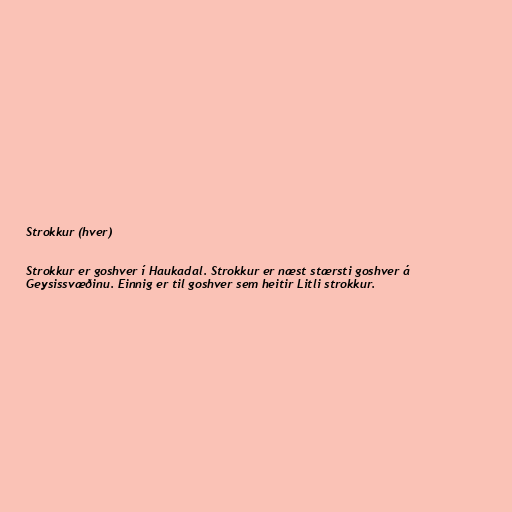
Strokkur (hver)

Strokkur er goshver í Haukadal. Strokkur er næst stærsti goshver á
Geysissvæðinu. Einnig er til goshver sem heitir Litli strokkur.